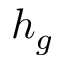
h _ { g }